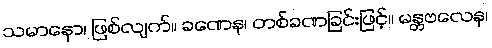
သမာနော၊ ဖြစ်လျက်။ ခဏေန၊ တစ်ခဏခြင်းဖြင့်။ မန္တဗလေန၊